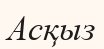
Асқыз